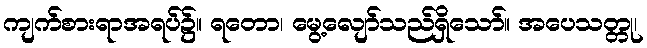
ကျက်စားရာအရပ်၌။ ရတော၊ မွေ့လျော်သည်ရှိသော်။ အပေသတ္တု၊